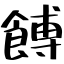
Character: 餺